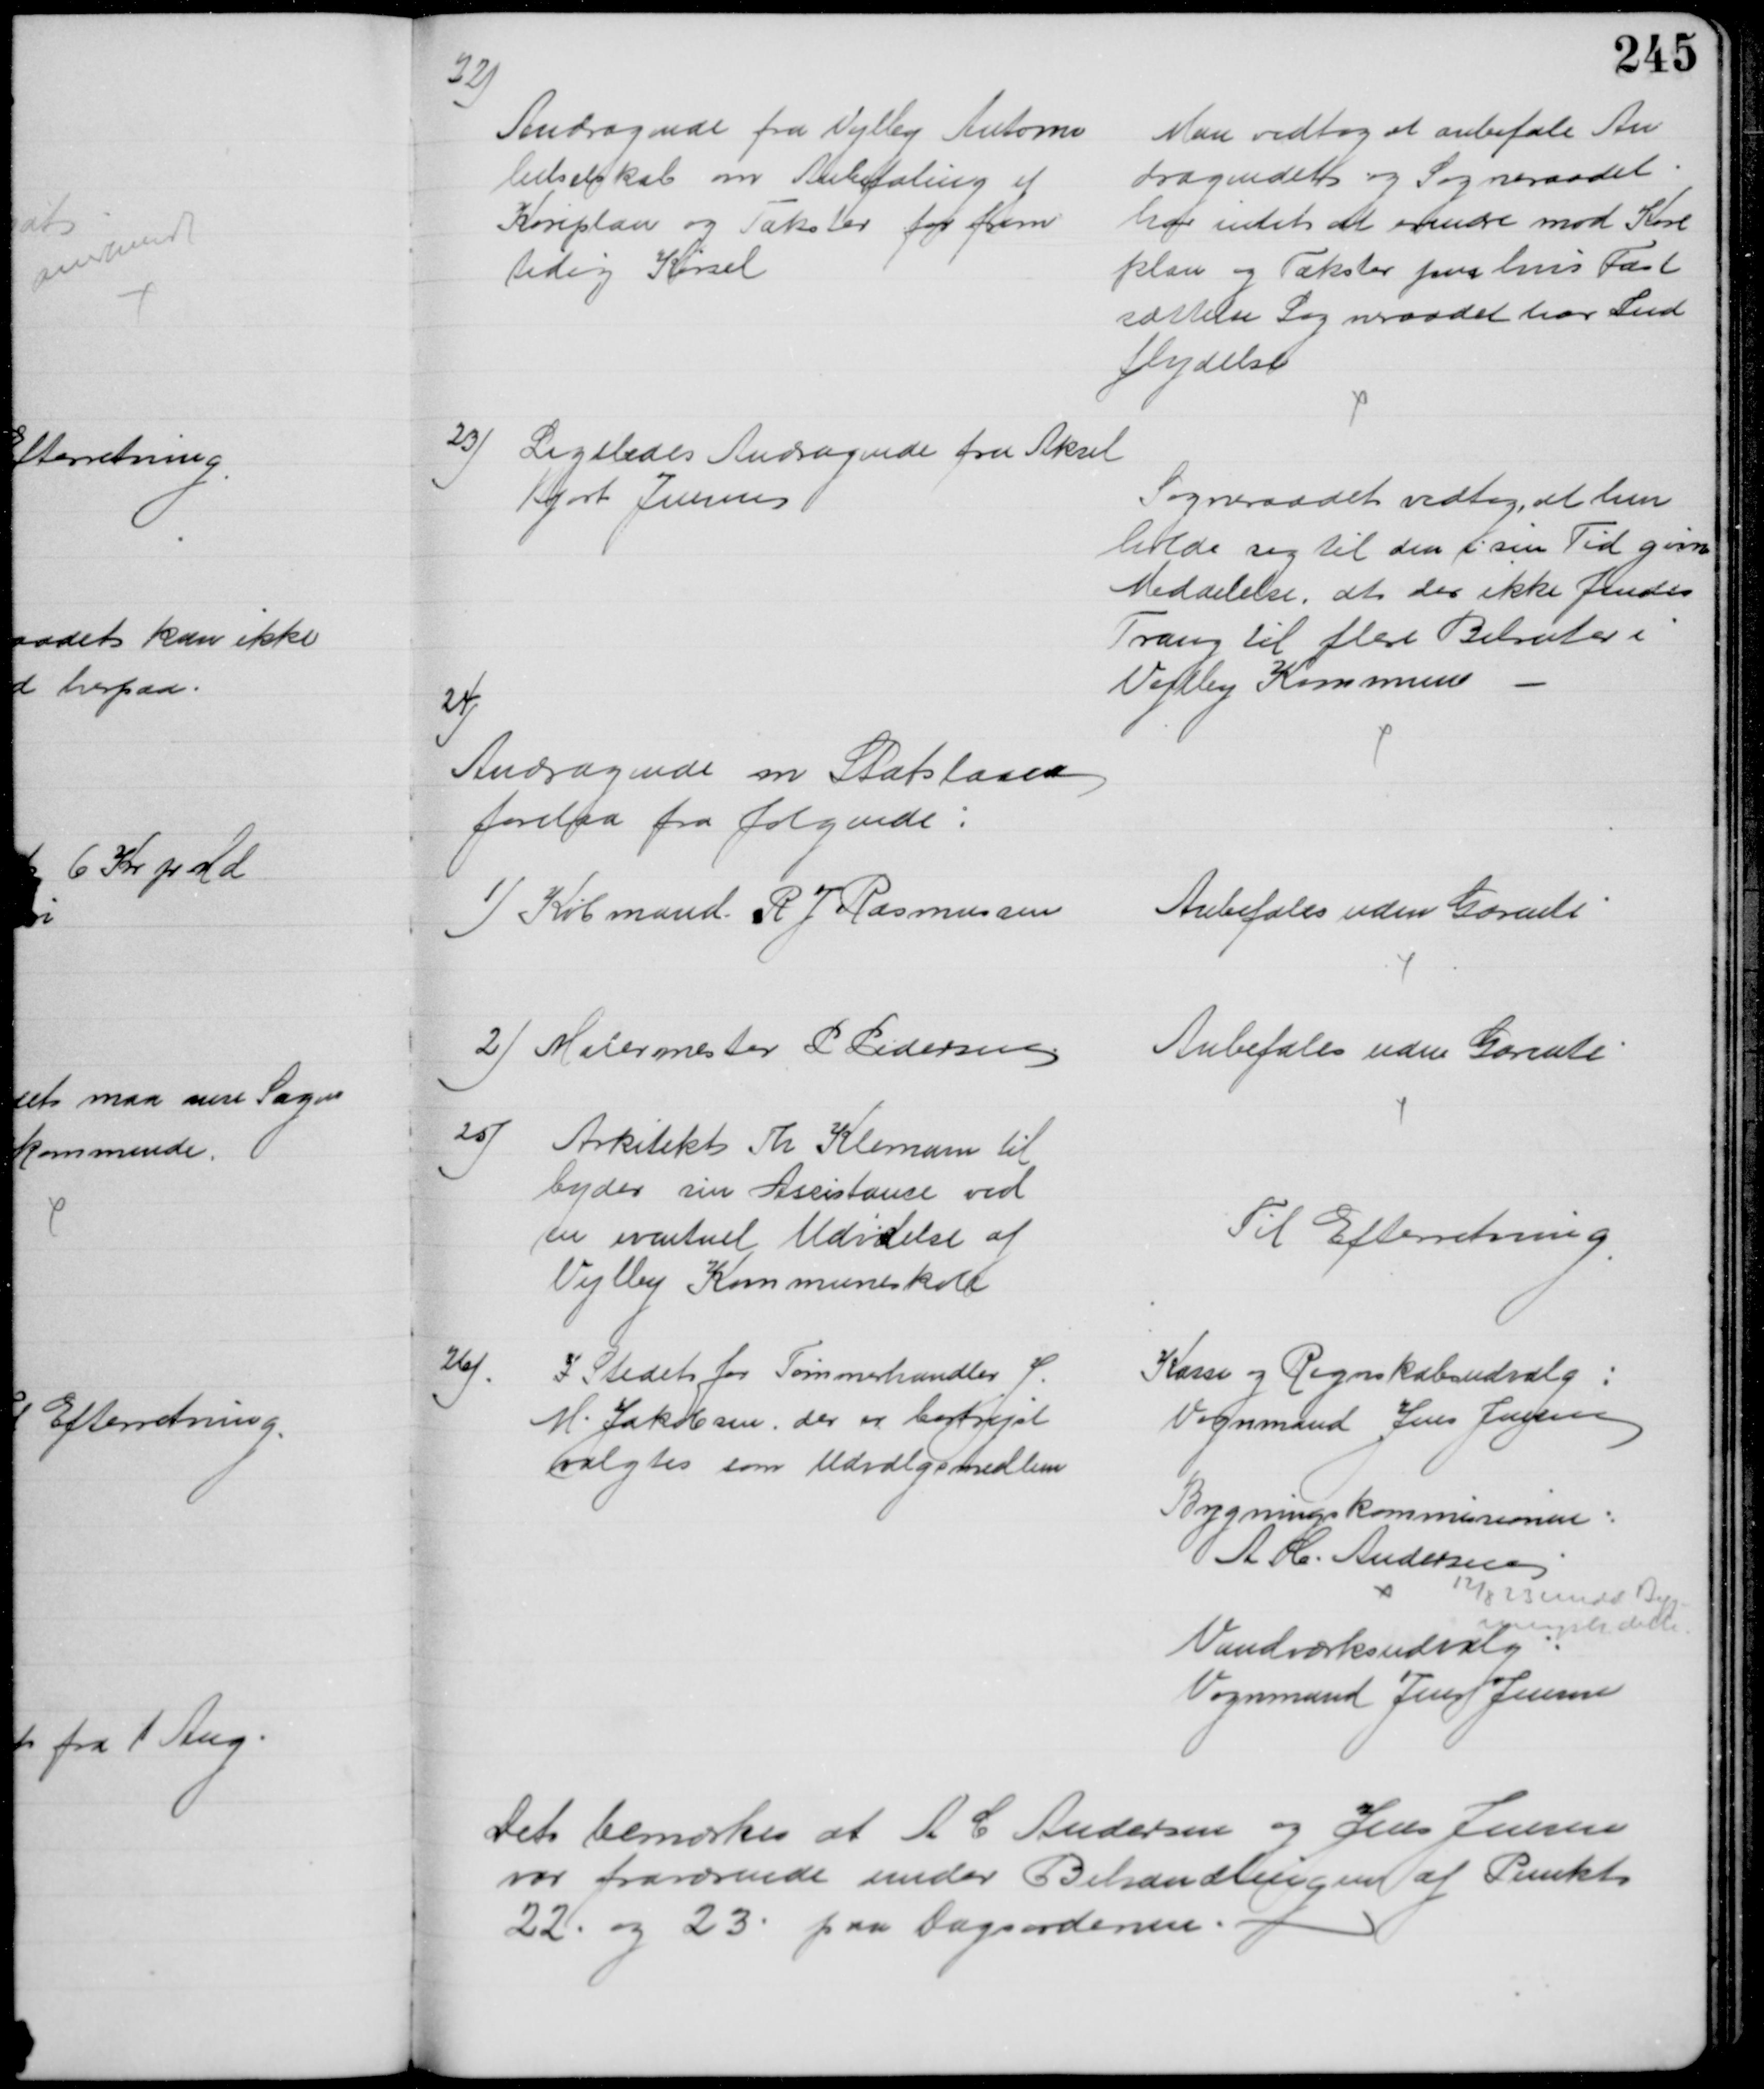
Transskription:
22)
Andragende fra Vejlby Automo
bilselskab om Anbefaling af
Køreplan og Takster for frem
tidig Kørsel
Man vedtog at anbefale An
dragendet og Sogneraadet.
har intet at erindre mod Køre
plan og Takster paa hvis Fast
sættelse Sogneraadet har Ind
flydelse
23) Ligeledes Andragende fra Aksel
Hjort Jensen
Sogneraadet vedtog, at hen
holde sig til den i sin Tid givne 
Meddelelse, at der ikke findes
Trang til flere Bilruter i
Vejlby Kommune
24)
Andragende om Statslaan
forelaa fra følgende:
1) Købmand R J Rasmussen
Anbefales uden Garenti
2) Malermester P Pedersen
Anbefales uden Garenti
25)
Arkitekt Th Klemann til
byder sin Assistance ved
en eventuel Udvielse af 
Vejlby Kommuneskole
Til Efterretning
26)
I Stedet for Tømmerhandler J.
M. Jakobsen, der er bortrejst
valgtes som Udvalgsmedlem
Kasse og Regnskabsudvalg:
Vognmand Jens Jensen
Bygningskommissionen:
A C. Andersen
12/8 23 medd. Byg-
ningsk dette
Vandværksudvalg:
Vognmand Jens Jensen
Det bemærkes at A C Andersen og Jens Jensen
var fraværende under Behandlingen af Punkt
22. og 23. paa Dagsordenen.